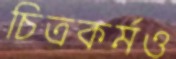
চিত্রকর্মও